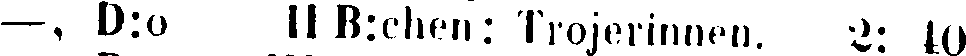
—, D:o II B:chen: Trojerinnen. 2:40